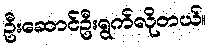
ဦးဆောင်ဦးရွက်လိုတယ်။